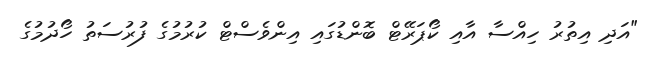
"އަދި އިތުރު ހިއްސާ އާއި ކޯޕަރޭޓް ބޮންޑުގައި އިންވެސްޓް ކުރުމުގެ ފުރުސަތު ހޯދުމުގެ